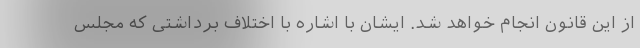
از این قانون انجام خواهد شد. ایشان با اشاره با اختلاف برداشتی که مجلس